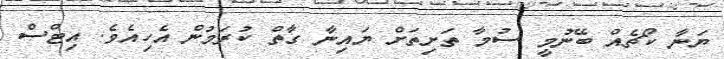
ޔަނާ ކޯޗެއް ބޭނުމީ ސުމާ ތަށިތަށް ޔައިނާ ގާތް ކުރަމުން އެހިއެވެ. އިޓްސް